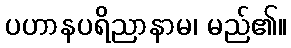
ပဟာနပရိညာနာမ၊ မည်၏။